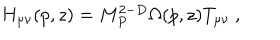
H _ { \mu \nu } ( p , z ) = M _ { P } ^ { 2 - D } \Omega ( p , z ) T _ { \mu \nu } ~ ,